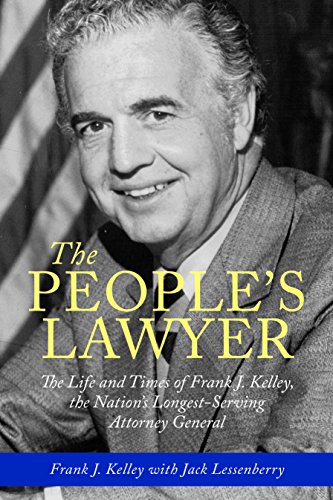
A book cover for The People's Lawyer: The Life and Times of Frank J. Kelley, the Nation's Longest-Serving Attorney General (Painted Turtle); Frank J. Kelley; Law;